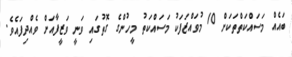
ބައެއް މަސައްކަތްތަކަށް 10 މުވައްޒަފަކު މަސައްކަތު މީހުންގެ ގޮތުގައި ވަނީ ވަޒީފާއަށް ވެއްދިފައެވެ.